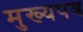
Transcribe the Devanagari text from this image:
मुख्यपत्र